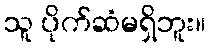
သူ ပိုက်ဆံမရှိဘူး။